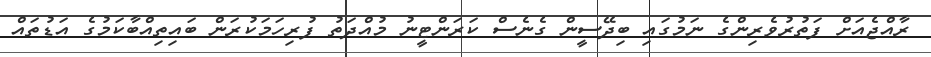
ރާއްޖެއަށް ފަތުރުވެރިންގެ ނަމުގައި ބިދޭސީން ގެނެސް ކަރަންޓީނު މުއްދަތު ފުރިހަމަކުރަން ބައިތިއްބާކަމުގެ އަޑުތައް